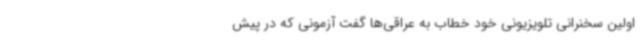
اولین سخنرانی تلویزیونی خود خطاب به عراقی‌ها گفت آزمونی که در پیش